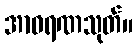
အာဝရဏသုတ်။